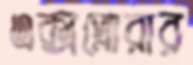
এক্সপ্লোরার